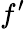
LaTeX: f^{\prime}